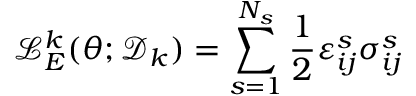
\mathcal { L } _ { E } ^ { k } ( \theta ; \mathcal { D } _ { k } ) = \sum _ { s = 1 } ^ { N _ { s } } \frac { 1 } { 2 } \varepsilon _ { i j } ^ { s } \sigma _ { i j } ^ { s }